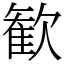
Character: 歓